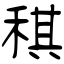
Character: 稘